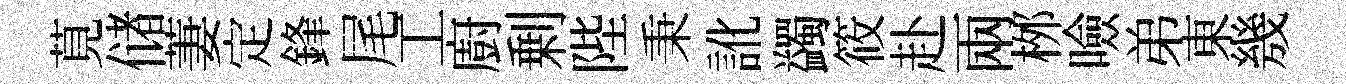
莧储萋定鋒尾工廚剰陛秉訛蠲筱赴兩桞噞弟東㡬